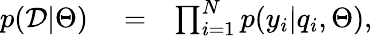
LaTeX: \begin{array}{rlr}{p(\mathcal{D}|\Theta)}&{{}=}&{\prod_{i=1}^{N}p(y_{i}|q_{i},\Theta),}\end{array}